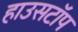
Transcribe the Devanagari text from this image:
हाउसटॉप